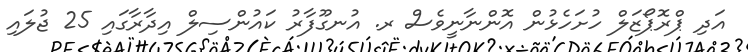
އަދި ޕްރޮޕޯޒަލް ހުށަހެޅުން އޮންނާނީވެސް ރ. އުނގޫފާރު ކައުންސިލް އިދާރާގައި 25 ޖުލައި